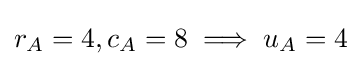
r_{A}=4,c_{A}=8\implies u_{A}=4